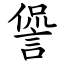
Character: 諐